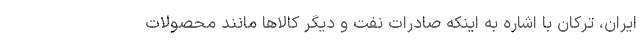
ایران، ترکان با اشاره به اینکه صادرات نفت و دیگر کالاها مانند محصولات